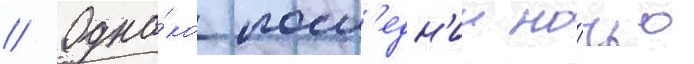
// Одна́ко посл'едн'ии но́чью